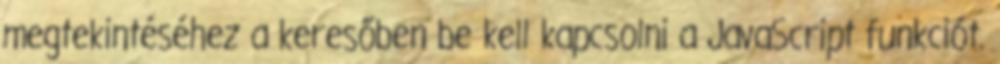
megtekintéséhez a keresőben be kell kapcsolni a JavaScript funkciót.